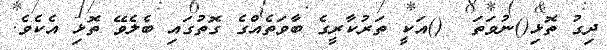
ދިގު ތޮޅި()ނުވަތަ  ()އަކީ ތަރުކާރީގެ ބާވަތެއްގެ ގޮތުގައި ބެލެވޭ ތޮޅި އެކެވެ.